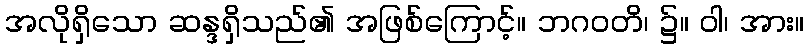
အလိုရှိသော ဆန္ဒရှိသည်၏ အဖြစ်ကြောင့်။ ဘဂဝတိ၊ ၌။ ဝါ၊ အား။